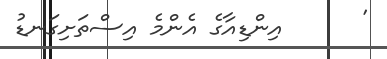
'      އިންޑިއާގެ އެންމެ އިސްތަށިގަނޑު